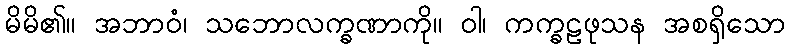
မိမိ၏။ အဘာဝံ၊ သဘောလက္ခဏာကို။ ဝါ၊ ကက္ခဠဖုသန အစရှိသော